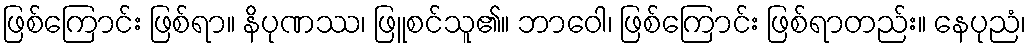
ဖြစ်ကြောင်း ဖြစ်ရာ။ နိပုဏဿ၊ ဖြူစင်သူ၏။ ဘာဝေါ၊ ဖြစ်ကြောင်း ဖြစ်ရာတည်း။ နေပုညံ၊